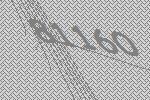
81160